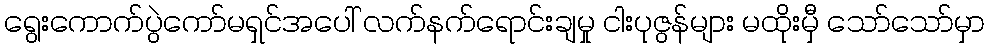
ရွေးကောက်ပွဲကော်မရှင်အပေါ် လက်နက်ရောင်းချမှု ငါးပုဇွန်များ မထိုးမှီ သော်သော်မှာ